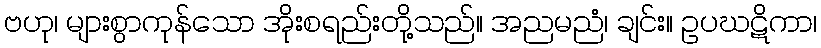
ဗဟု၊ များစွာကုန်သော အိုးစရည်းတို့သည်။ အညမညံ၊ ချင်း။ ဥပဃဋိကာ၊